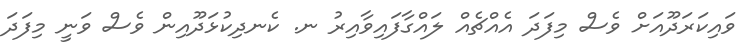
ވައިކަރަދޫއަށް ވެސް މިފަދަ އެއްޗެއް ލައްގާފައިވާއިރު ނ. ކެނދިކުޅަދޫއިން ވެސް ވަނީ މިފަދަ